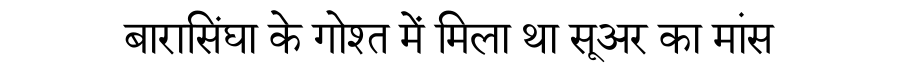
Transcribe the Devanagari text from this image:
बारासिंघा के गोश्त में मिला था सूअर का मांस